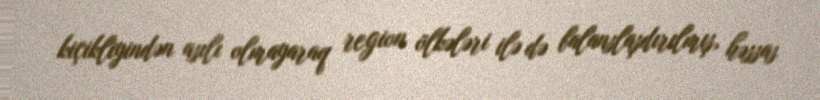
kiçikliyindən asılı olmayaraq region ölkələri ilə də balanslaşdırılmış, həssas